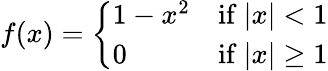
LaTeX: f(x)={\left\{ \begin{array}{ll}{1-x^{2}}&{{\mathrm{if~}}|x|<1}\\ {0}&{{\mathrm{if~}}|x|\geq 1}\end{array}\right.}